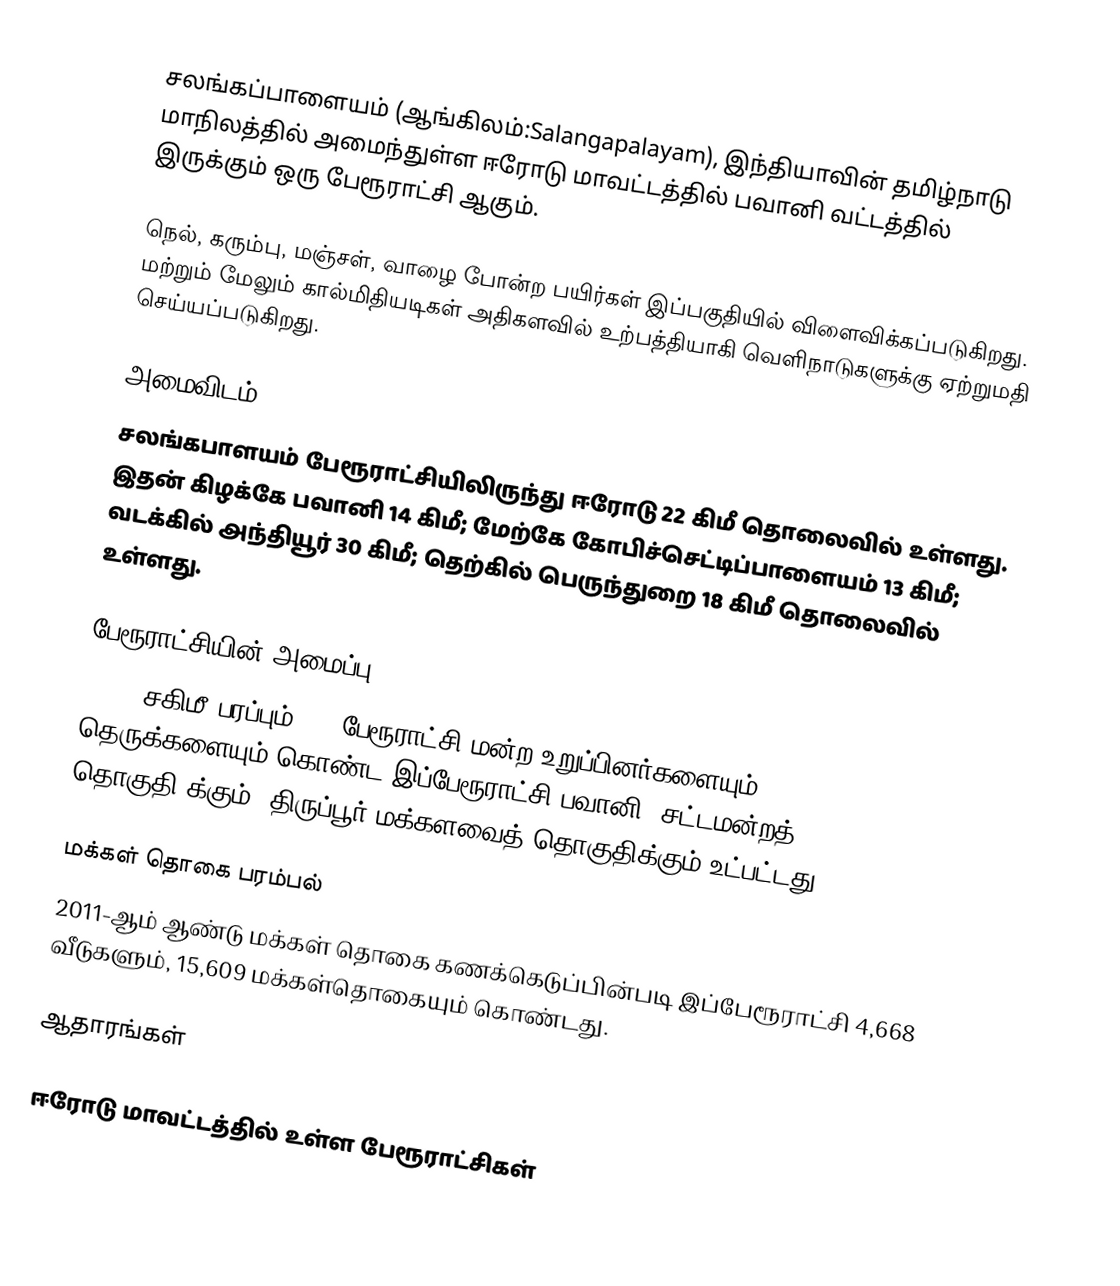
சலங்கப்பாளையம் (ஆங்கிலம்:Salangapalayam), இந்தியாவின் தமிழ்நாடு மாநிலத்தில் அமைந்துள்ள ஈரோடு மாவட்டத்தில் பவானி வட்டத்தில் இருக்கும் ஒரு பேரூராட்சி ஆகும்.

நெல், கரும்பு, மஞ்சள், வாழை போன்ற பயிர்கள் இப்பகுதியில் விளைவிக்கப்படுகிறது. மற்றும் மேலும்  கால்மிதியடிகள் அதிகளவில் உற்பத்தியாகி வெளிநாடுகளுக்கு ஏற்றுமதி செய்யப்படுகிறது.

அமைவிடம்
சலங்கபாளயம் பேரூராட்சியிலிருந்து ஈரோடு 22 கிமீ தொலைவில் உள்ளது. இதன் கிழக்கே பவானி 14 கிமீ; மேற்கே கோபிச்செட்டிப்பாளையம் 13 கிமீ; வடக்கில் அந்தியூர் 30 கிமீ; தெற்கில் பெருந்துறை 18 கிமீ தொலைவில் உள்ளது.

பேரூராட்சியின் அமைப்பு
24.24 சகிமீ பரப்பும்,  15 பேரூராட்சி மன்ற  உறுப்பினர்களையும்,      112 தெருக்களையும் கொண்ட இப்பேரூராட்சி பவானி   (சட்டமன்றத் தொகுதி)க்கும், திருப்பூர் மக்களவைத் தொகுதிக்கும் உட்பட்டது.

மக்கள் தொகை பரம்பல்
2011-ஆம் ஆண்டு மக்கள் தொகை கணக்கெடுப்பின்படி  இப்பேரூராட்சி 4,668    வீடுகளும், 15,609 மக்கள்தொகையும் கொண்டது.

ஆதாரங்கள்

ஈரோடு மாவட்டத்தில் உள்ள பேரூராட்சிகள்